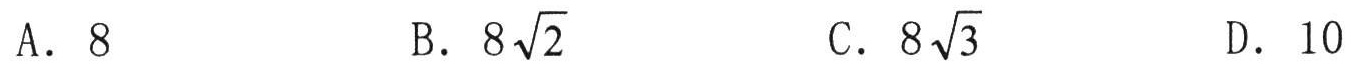
A. \(8\)  B. \(8\sqrt{2}\)  C. \(8\sqrt{3}\)  D. \(10\)